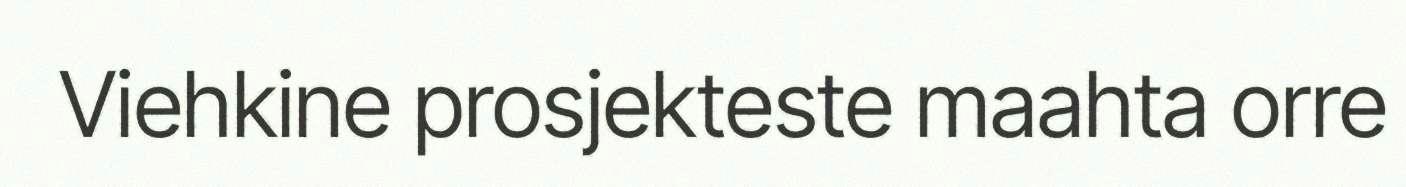
Viehkine prosjekteste maahta orre